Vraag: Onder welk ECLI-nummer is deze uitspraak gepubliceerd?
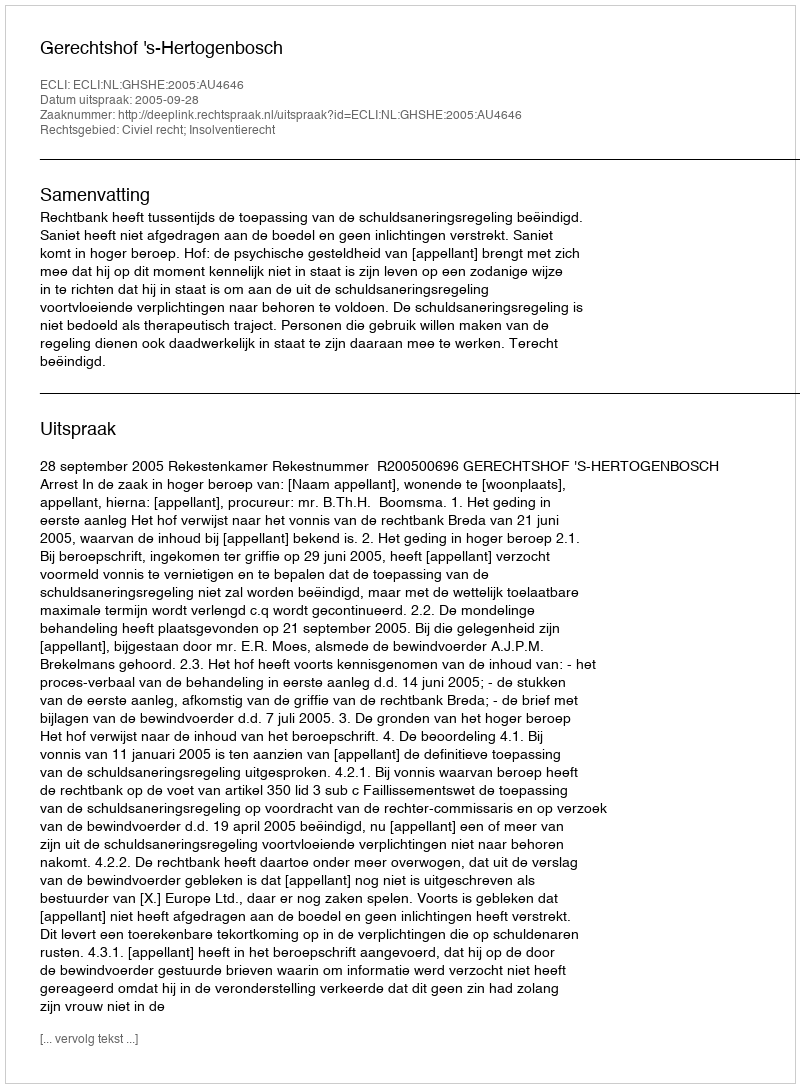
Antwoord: ECLI:NL:GHSHE:2005:AU4646